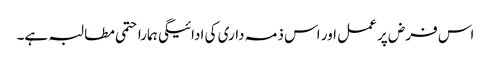
اس فرض پر عمل اور اس ذمہ داری کی ادائیگی ہمارا حتمی مطالبہ ہے۔